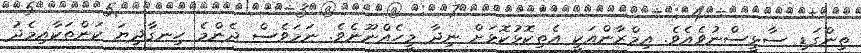
ތިންގަޑި ސާޅީސްނުވެއެވެ. އިމްރާންއަކީ އެތިކޮޅުކޮޅަށް ނިދާ މީހެއްނޫނެވެ. ނަމަވެސް ދެންމެ ހިނގާދިޔަ ކަންތަކާއިމެދު